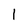
Character: 1